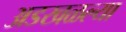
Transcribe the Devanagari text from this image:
अडखळल्या